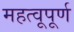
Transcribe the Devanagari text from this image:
महत्वूपूर्ण